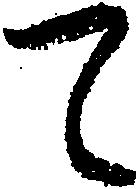
て